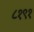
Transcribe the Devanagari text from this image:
८१९१